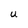
Character: U